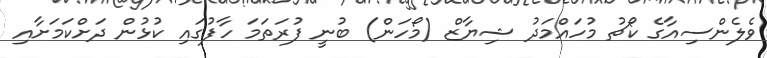
ވެލެންސިއާގެ ކޯޗު މުހައްމަދު ޝިޔާޒް (މޯހަން) ބުނީ ފުރަތަމަ ހާފުގައި ކުޅުން ދަށްކަމަށާއި